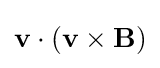
\mathbf {v} \cdot (\mathbf {v} \times \mathbf {B} )